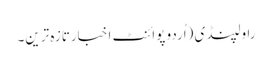
راولپنڈی (اُردو پوائنٹ اخبارتازہ ترین۔